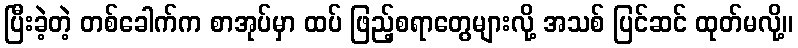
ပြီးခဲ့တဲ့ တစ်ခေါက်က စာအုပ်မှာ ထပ် ဖြည့်စရာတွေများလို့ အသစ် ပြင်ဆင် ထုတ်မလို့။